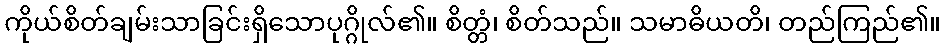
ကိုယ်စိတ်ချမ်းသာခြင်းရှိသောပုဂ္ဂိုလ်၏။ စိတ္တံ၊ စိတ်သည်။ သမာဓိယတိ၊ တည်ကြည်၏။